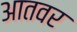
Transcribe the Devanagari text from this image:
आतवर